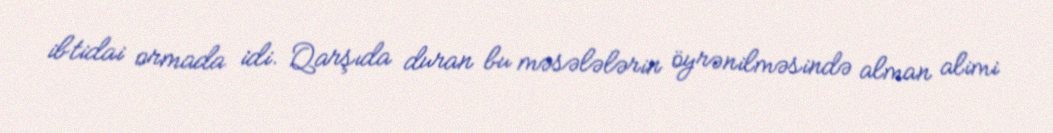
ibtidai ormada idi. Qarşıda duran bu məsələlərin öyrənilməsində alman alimi